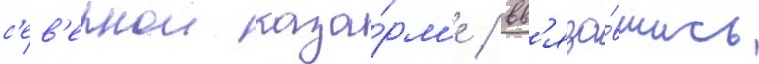
с'ев'ернои каза́рм'е / вв'яза́вшись